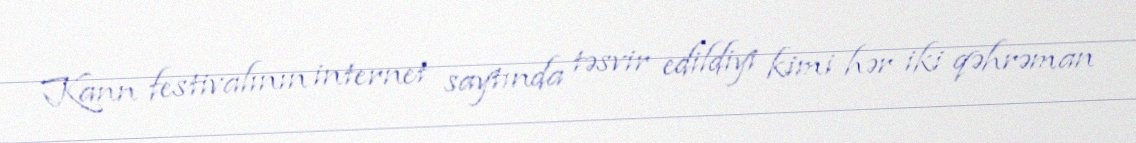
Kann festivalının internet saytında təsvir edildiyi kimi hər iki qəhrəman